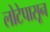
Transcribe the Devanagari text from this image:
लोटेपासून